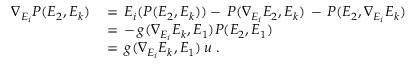
\begin{array} { r l } { \nabla _ { E _ { i } } P ( E _ { 2 } , E _ { k } ) \, } & { = \, E _ { i } ( P ( E _ { 2 } , E _ { k } ) ) - \, P ( \nabla _ { E _ { i } } E _ { 2 } , E _ { k } ) \, - \, P ( E _ { 2 } , \nabla _ { E _ { i } } E _ { k } ) } \\ & { = \, - \, g ( \nabla _ { E _ { i } } E _ { k } , E _ { 1 } ) P ( E _ { 2 } , E _ { 1 } ) } \\ & { = \, g ( \nabla _ { E _ { i } } E _ { k } , E _ { 1 } ) \, u \, \, . } \end{array}